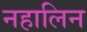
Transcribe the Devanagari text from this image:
नहालिन